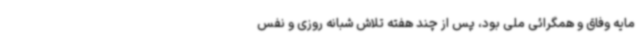
مایه وفاق و همگرائی ملی بود، پس از چند هفته تلاش شبانه روزی و نفس